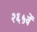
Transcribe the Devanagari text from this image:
२६५वें